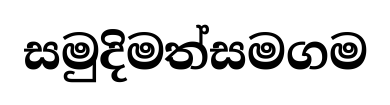
සමුදිමත්සමගම